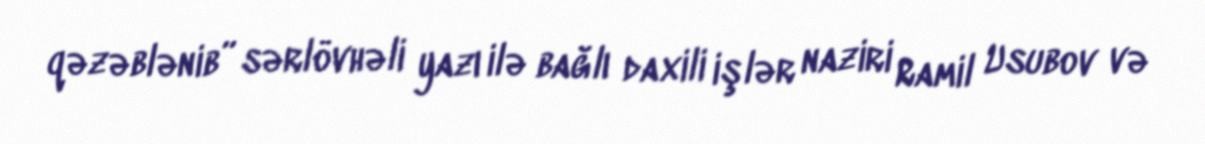
qəzəblənib” sərlövhəli yazı ilə bağlı daxili işlər naziri Ramil Usubov və